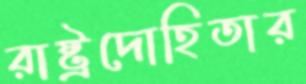
রাষ্ট্রদোহিতার